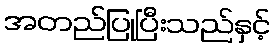
အတည်ပြုပြီးသည်နှင့်